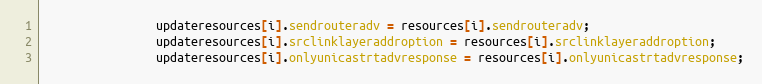
Language: Java
				updateresources[i].sendrouteradv = resources[i].sendrouteradv;
				updateresources[i].srclinklayeraddroption = resources[i].srclinklayeraddroption;
				updateresources[i].onlyunicastrtadvresponse = resources[i].onlyunicastrtadvresponse;